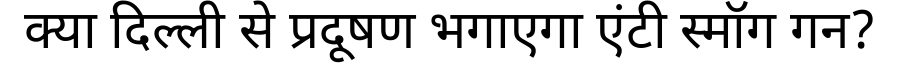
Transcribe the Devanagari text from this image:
क्या दिल्ली से प्रदूषण भगाएगा एंटी स्मॉग गन?